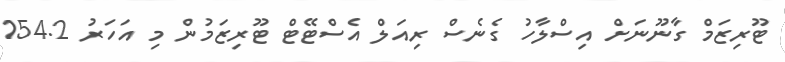
ޓޫރިޒަމް ގާނޫނަށް އިސްލާހު ގެނެސް ރިއަލް އެސްޓޭޓް ޓޫރިޒަމުން މި އަހަރު 154.2